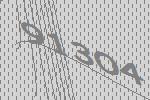
91304